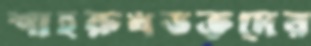
শাহরুখভক্তদের